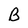
Character: B